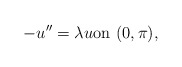
\begin{align*}- u'' = \lambda u \mbox{on} \ (0, \pi) , \end{align*}